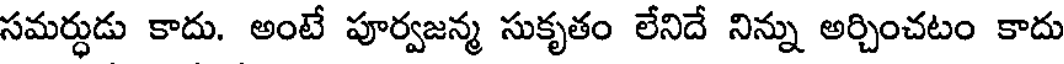
సమర్ధుడు కాదు. అంటే పూర్వజన్మ సుకృతం లేనిదే నిన్ను అర్చించటం కాదు